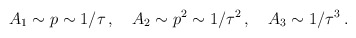
\begin{align*}A_{1}\sim p\sim 1/\tau \, ,\quad A_{2}\sim p^{2}\sim 1/\tau ^{2}\, ,\quad A_{3}\sim 1/\tau ^{3}\: .\end{align*}